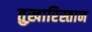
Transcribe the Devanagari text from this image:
तुख़ारिस्तान